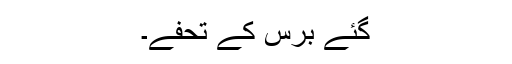
گئے برس کے تحفے۔